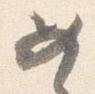
女